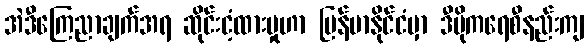
အဲဒီကြေညာချက်အရ ဆိုင်းငံ့ထားမှုဟာ မြန်မာနိုင်ငံမှာ ဒီမိုကရေစီနည်းကျ